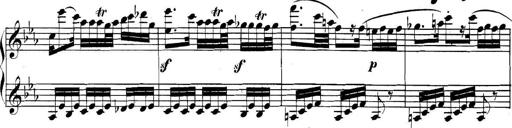
Title: Collected Piano Sonatas
Composer: Muzio Clementi